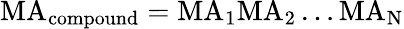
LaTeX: \mathrm{MA}_{\mathrm{compound}}=\mathrm{MA}_{1}\mathrm{MA}_{2}\ldots\mathrm{MA}_{\mathrm{N}}